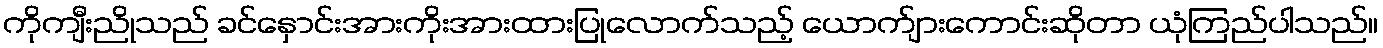
ကိုကျီးညိုသည် ခင်နှောင်းအားကိုးအားထားပြုလောက်သည့် ယောက်ျားကောင်းဆိုတာ ယုံကြည်ပါသည်။